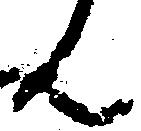
ん